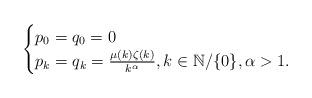
LaTeX: \begin{align*}\noindent \begin{cases} p_0=q_0=0 \\p_k=q_k=\frac{\mu(k)\zeta(k)}{k^{\alpha}}, k\in\mathbb{N}/\{0\}, \alpha>1. \end{cases}\end{align*}